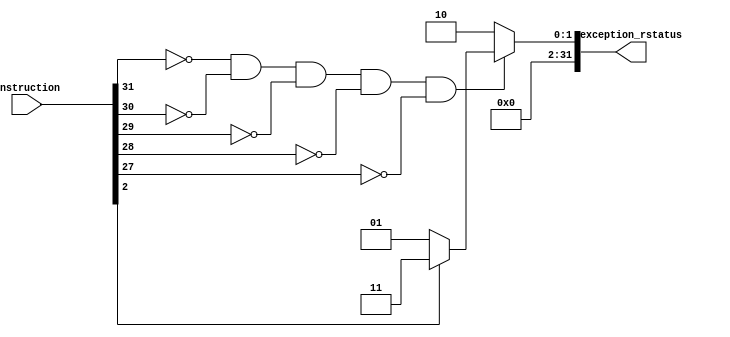
module get_Exception_rstatus(instruction, exception_rstatus);
    input [31:0] instruction;
    output [31:0] exception_rstatus;

    wire [31:0] w1;
    assign w1 = instruction[2] ? 32'b11 : 32'b1; //ALUOP bit 0, either sub (rstatus = 3) or add (rstatus = 1)
    assign exception_rstatus = ((!instruction[31]) & (!instruction[30]) & (!instruction[29]) & (!instruction[28]) & (!instruction[27])) ? w1 : 32'b10; //either an add/sub (rstatus = 1/3) or addi (rstatus = 2)

endmodule